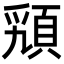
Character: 𩒟